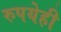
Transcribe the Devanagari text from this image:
रुपयेही